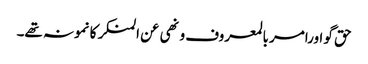
حق گو اورامر بالمعروف و نھی عن المنکر کا نمونہ تھے۔